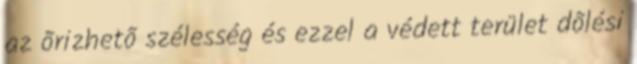
az õrizhetõ szélesség és ezzel a védett terület dõlési